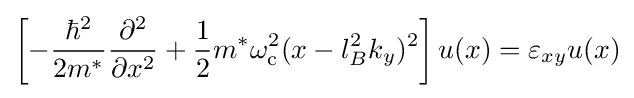
\left[-{\frac {\hbar ^{2}}{2m^{*}}}{\partial ^{2} \over \partial x^{2}}+{\frac {1}{2}}m^{*}\omega _{\rm {c}}^{2}(x-l_{B}^{2}k_{y})^{2}\right]u(x)=\varepsilon _{xy}u(x)